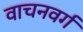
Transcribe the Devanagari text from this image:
वाचनवर्ग